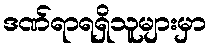
ဒဏ်ရာရရှိသူများမှာ